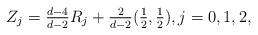
LaTeX: \begin{align*} Z_j = \tfrac{d-4} {d-2} R_j + \tfrac 2{d-2} (\tfrac12, \tfrac12), j=0,1,2,\end{align*}